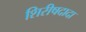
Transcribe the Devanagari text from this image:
शिरीषदादा